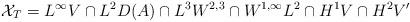
LaTeX: \begin{align*} \mathcal{X}_T = L^\infty V \cap L^2 D(A) \cap L^3 W^{2,3} \cap W^{1,\infty} L^2 \cap H^1 V \cap H^2 V' \end{align*}